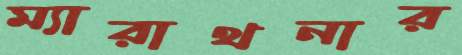
ম্যারাথনার